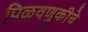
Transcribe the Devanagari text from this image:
पिळवणुकीचे